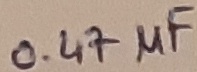
Text: 0.47µF